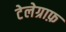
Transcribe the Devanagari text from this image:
टेलेग्राफ़